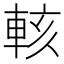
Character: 輆